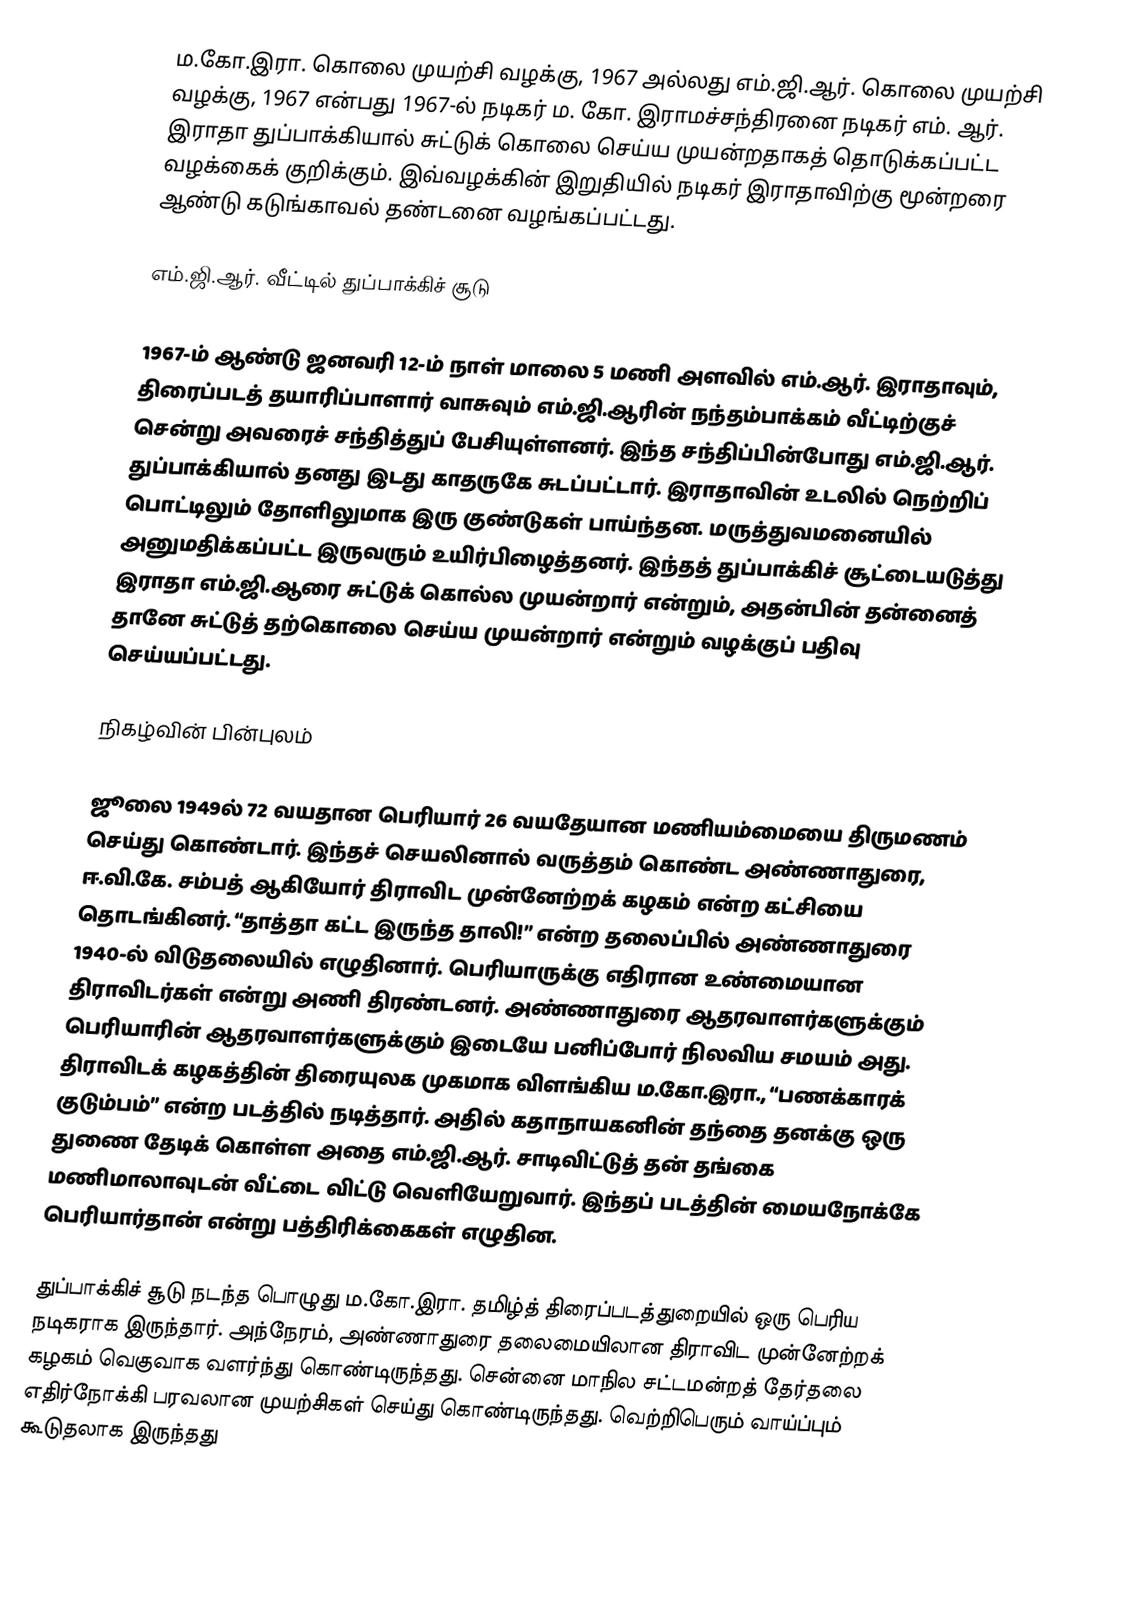
ம.கோ.இரா. கொலை முயற்சி வழக்கு, 1967 அல்லது எம்.ஜி.ஆர். கொலை முயற்சி வழக்கு, 1967 என்பது 1967-ல் நடிகர் ம. கோ. இராமச்சந்திரனை நடிகர் எம். ஆர். இராதா துப்பாக்கியால் சுட்டுக் கொலை செய்ய முயன்றதாகத் தொடுக்கப்பட்ட வழக்கைக் குறிக்கும். இவ்வழக்கின் இறுதியில் நடிகர் இராதாவிற்கு மூன்றரை ஆண்டு கடுங்காவல் தண்டனை வழங்கப்பட்டது.

எம்.ஜி.ஆர். வீட்டில் துப்பாக்கிச் சூடு

1967-ம் ஆண்டு ஜனவரி 12-ம் நாள் மாலை 5 மணி அளவில் எம்.ஆர். இராதாவும், திரைப்படத் தயாரிப்பாளார் வாசுவும் எம்.ஜி.ஆரின் நந்தம்பாக்கம் வீட்டிற்குச் சென்று அவரைச் சந்தித்துப் பேசியுள்ளனர். இந்த சந்திப்பின்போது எம்.ஜி.ஆர். துப்பாக்கியால் தனது இடது காதருகே சுடப்பட்டார். இராதாவின் உடலில் நெற்றிப் பொட்டிலும் தோளிலுமாக இரு குண்டுகள் பாய்ந்தன. மருத்துவமனையில் அனுமதிக்கப்பட்ட இருவரும் உயிர்பிழைத்தனர். இந்தத் துப்பாக்கிச் சூட்டையடுத்து இராதா எம்.ஜி.ஆரை சுட்டுக் கொல்ல முயன்றார் என்றும், அதன்பின் தன்னைத் தானே சுட்டுத் தற்கொலை செய்ய முயன்றார் என்றும் வழக்குப் பதிவு செய்யப்பட்டது.

நிகழ்வின் பின்புலம்

ஜூலை 1949ல் 72 வயதான பெரியார் 26 வயதேயான மணியம்மையை திருமணம் செய்து கொண்டார். இந்தச் செயலினால் வருத்தம் கொண்ட அண்ணாதுரை, ஈ.வி.கே. சம்பத் ஆகியோர் திராவிட முன்னேற்றக் கழகம் என்ற கட்சியை தொடங்கினர். “தாத்தா கட்ட இருந்த தாலி!” என்ற தலைப்பில் அண்ணாதுரை 1940-ல் விடுதலையில் எழுதினார். பெரியாருக்கு எதிரான உண்மையான திராவிடர்கள் என்று அணி திரண்டனர். அண்ணாதுரை ஆதரவாளர்களுக்கும் பெரியாரின் ஆதரவாளர்களுக்கும் இடையே பனிப்போர் நிலவிய சமயம் அது. திராவிடக் கழகத்தின் திரையுலக முகமாக விளங்கிய ம.கோ.இரா., “பணக்காரக் குடும்பம்” என்ற படத்தில் நடித்தார். அதில் கதாநாயகனின் தந்தை தனக்கு ஒரு துணை தேடிக் கொள்ள அதை எம்.ஜி.ஆர். சாடிவிட்டுத் தன் தங்கை மணிமாலாவுடன் வீட்டை விட்டு வெளியேறுவார். இந்தப் படத்தின் மையநோக்கே பெரியார்தான் என்று பத்திரிக்கைகள் எழுதின.

துப்பாக்கிச் சூடு நடந்த பொழுது ம.கோ.இரா. தமிழ்த் திரைப்படத்துறையில் ஒரு பெரிய நடிகராக இருந்தார். அந்நேரம், அண்ணாதுரை தலைமையிலான திராவிட முன்னேற்றக் கழகம் வெகுவாக வளர்ந்து கொண்டிருந்தது. சென்னை மாநில சட்டமன்றத் தேர்தலை எதிர்நோக்கி பரவலான முயற்சிகள் செய்து கொண்டிருந்தது. வெற்றிபெரும் வாய்ப்பும் கூடுதலாக இருந்தது